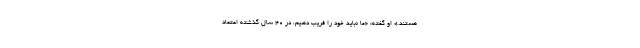
هستند.» او گفته: «ما نباید خود را فریب دهیم، در ۴۰ سال گذشته اعتماد